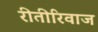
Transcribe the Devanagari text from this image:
रीतीरिवाज